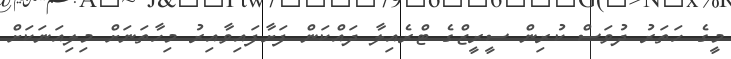
މީގެ ހަތަރު ދުވަސް ކުރިން ސީރީޒްގެ ޓްރެއިލާ ދައްކަން ފަށާފައިވާއިރު މިހާތަނަށް މިލިއަނަކަށް